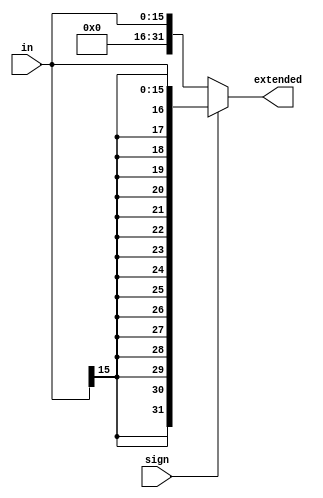
`timescale 1ns / 1ps
//////////////////////////////////////////////////////////////////////////////////
// Company: 
// Engineer: 
// 
// Design Name: 
// Module Name:    signex_param 
// Project Name: 
// Target Devices: 
// Tool versions: 
// Description: 
//
// Dependencies: 
//
// Revision: 
// Revision 0.01 - File Created
// Additional Comments: 
//
//////////////////////////////////////////////////////////////////////////////////
module signex_param
	# (parameter EXTSIZE = 32,
		parameter CURSIZE = 16
		)
	(output [EXTSIZE-1:0] extended,
    input [CURSIZE-1:0] in,
	 input sign
    );
	 
	 wire [EXTSIZE-1:0] signext;
	 wire [EXTSIZE-1:0] unsignext;
	 
	 assign signext[EXTSIZE-1:0] = { {(EXTSIZE-CURSIZE){in[CURSIZE-1]}}, in[CURSIZE-1:0]};
	 
	 assign unsignext[EXTSIZE-1:0] = { {(EXTSIZE-CURSIZE){1'b0}}, in[CURSIZE-1:0]};
	 
	 assign extended = (sign)?(signext):(unsignext);
	 
endmodule